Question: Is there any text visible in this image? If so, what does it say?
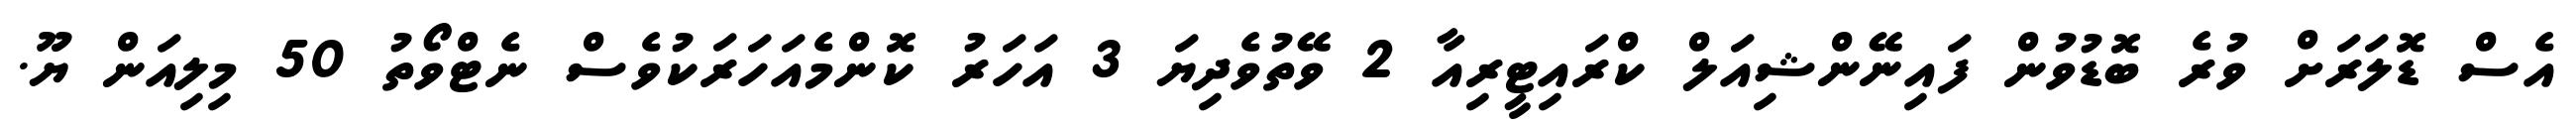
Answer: އެސް ޑޮލަރަށް ވުރެ ބޮޑުވުން ފައިނޭންޝިއަލް ކްރައިޓީރިއާ 2 ވޭތުވެދިޔަ 3 އަހަރު ކޮންމެއަހަރަކުވެސް ނެޓްވޯތު 50 މިލިއަން ޔޫ.